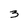
Character: 3